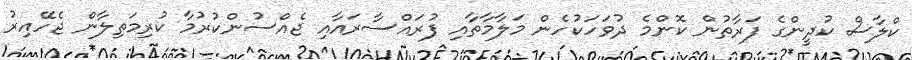
ކްލާސް ކުދީންގެ ފަރާތުން ކޮންމެ ދުވަހަކުހެން މަލާމާތާއި ފުރައްސާރައާއި ޖެއްސުންކުރުމާ ކުރިމަތިލާން ޖެހޭއިރު